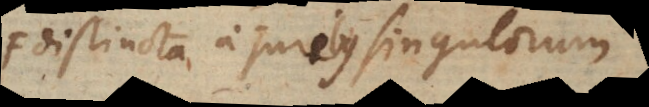
distincta a juribus singulorum.